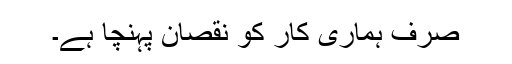
صرف ہماری کار کو نقصان پہنچا ہے۔